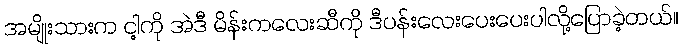
အမျိုးသားက ငါ့ကို အဲဒီ မိန်းကလေးဆီကို ဒီပန်းလေးပေးပေးပါလို့ပြောခဲ့တယ်။